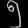
Digit: ၅